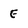
Character: E